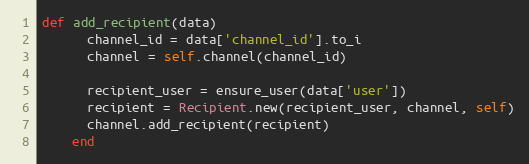
Language: Ruby
def add_recipient(data)
      channel_id = data['channel_id'].to_i
      channel = self.channel(channel_id)

      recipient_user = ensure_user(data['user'])
      recipient = Recipient.new(recipient_user, channel, self)
      channel.add_recipient(recipient)
    end